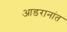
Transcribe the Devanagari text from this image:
आडरानांत